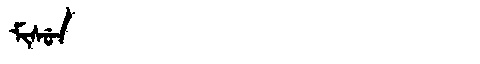
Manchu: ᠮᡳᠰᡠᠨ
Romanization: MISUN